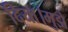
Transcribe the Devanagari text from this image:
दिया।मुझे